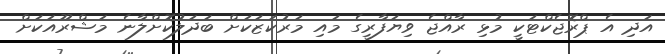
އަދި އެ ޕްރޮޖެކްޓަކީ މުޅި ރާއްޖެ ވިޔަފާރީގެ މައި މަރުކަޒަކަށް ބަދަލުކޮށްލާނެ މަޝްރޫއަކަށް